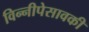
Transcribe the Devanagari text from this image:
विन्नीपेसावकी